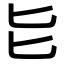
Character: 𫧇